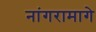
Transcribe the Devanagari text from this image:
नांगरामागे